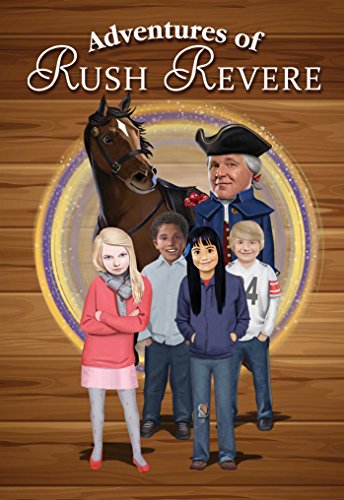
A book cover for Adventures of Rush Revere: Rush Revere and the Brave Pilgrims, Rush Revere and the First Patriots, Rush Revere and the American Revolution; Rush Limbaugh; Teen & Young Adult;